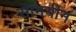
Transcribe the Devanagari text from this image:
सामयीन